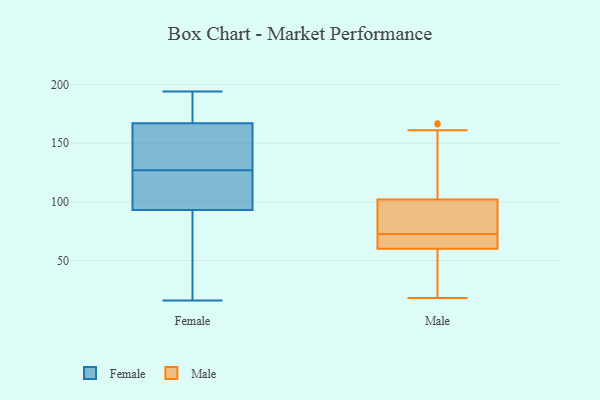
{"axis": {"x": "Website Visitors", "y": "Value"}, "legend": ["Female", "Male"], "data": [{"x": "", "y": 133, "type": "Female"}, {"x": "", "y": 148, "type": "Female"}, {"x": "", "y": 107, "type": "Female"}, {"x": "", "y": 42, "type": "Female"}, {"x": "", "y": 156, "type": "Female"}, {"x": "", "y": 194, "type": "Female"}, {"x": "", "y": 121, "type": "Female"}, {"x": "", "y": 16, "type": "Female"}, {"x": "", "y": 70, "type": "Female"}, {"x": "", "y": 115, "type": "Female"}, {"x": "", "y": 194, "type": "Female"}, {"x": "", "y": 93, "type": "Female"}, {"x": "", "y": 167, "type": "Female"}, {"x": "", "y": 24, "type": "Female"}, {"x": "", "y": 100, "type": "Female"}, {"x": "", "y": 169, "type": "Female"}, {"x": "", "y": 167, "type": "Female"}, {"x": "", "y": 133, "type": "Female"}, {"x": "", "y": 116, "type": "Male"}, {"x": "", "y": 102, "type": "Male"}, {"x": "", "y": 88, "type": "Male"}, {"x": "", "y": 23, "type": "Male"}, {"x": "", "y": 166, "type": "Male"}, {"x": "", "y": 161, "type": "Male"}, {"x": "", "y": 76, "type": "Male"}, {"x": "", "y": 67, "type": "Male"}, {"x": "", "y": 52, "type": "Male"}, {"x": "", "y": 18, "type": "Male"}, {"x": "", "y": 93, "type": "Male"}, {"x": "", "y": 167, "type": "Male"}, {"x": "", "y": 45, "type": "Male"}, {"x": "", "y": 97, "type": "Male"}, {"x": "", "y": 60, "type": "Male"}, {"x": "", "y": 64, "type": "Male"}, {"x": "", "y": 67, "type": "Male"}, {"x": "", "y": 69, "type": "Male"}]}